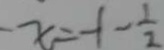
x = - 1 - \frac { 1 } { 2 }